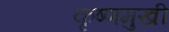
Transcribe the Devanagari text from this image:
कृष्णमुखी